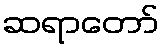
ဆရာတော်